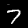
Label: 7